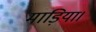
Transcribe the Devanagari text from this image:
माड़िया।